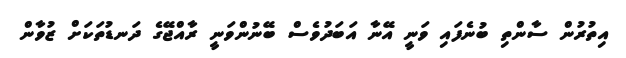
އިތުރުން ސާންތި ބުނެފައި ވަނީ އޭނާ އަބަދުވެސް ބޭނުންވަނީ ރާއްޖޭގެ ދަނޑުތަކަށް ޒުވާން